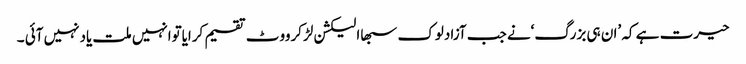
حیرت ہے کہ ’ان ہی بزرگ‘نے جب آزادلوک سبھاالیکشن لڑکرووٹ تقسیم کرایاتوانہیں ملت یادنہیں آئی ۔